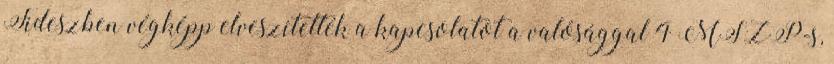
Fideszben végképp elveszítették a kapcsolatot a valósággal 4 MSZP-s,